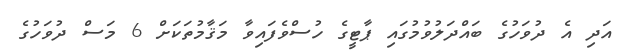
އަދި އެ ދުވަހުގެ ބައްދަލުވުމުގައި ޕާޓީގެ ހުސްވެފައިވާ މަޤާމުތަކަށް 6 މަސް ދުވަހުގެ